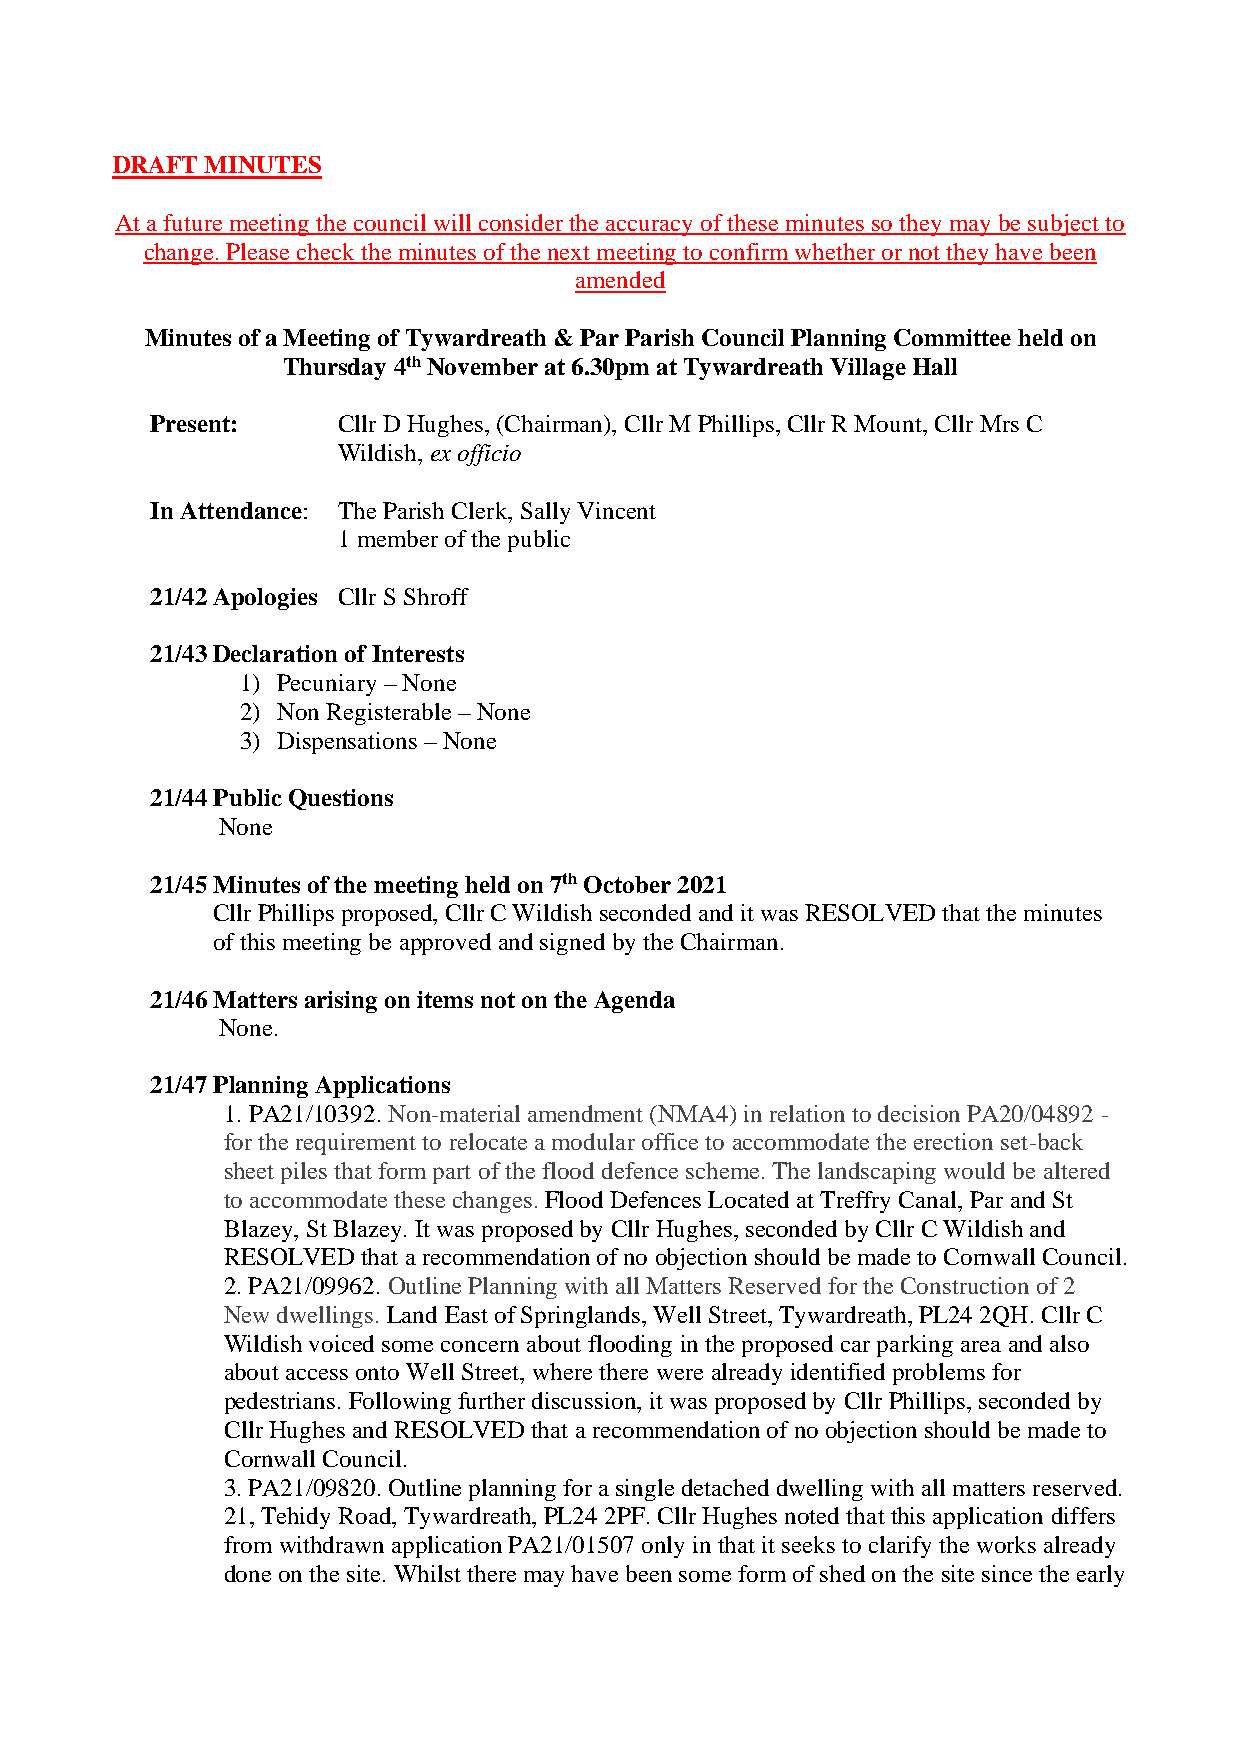
DRAFT  MINUTES
 At a future meeting the council will consider the accuracy of these minutes so they may be subject to
 change. Please check the minutes of the next meeting to confirm whether or not they have been
 amended
 Minutes of a Meeting of Tywardreath & Par Parish Council Planning Committee held on
 Thursday 4th November at 6.30pm at Tywardreath Village Hall
 Present:    Cllr D Hughes, (Chairman), Cllr M Phillips, Cllr R Mount, Cllr Mrs C
 Wildish, ex officio
 In Attendance: The Parish Clerk, Sally Vincent
 1 member of the public
 21/42 Apologies Cllr S Shroff
 21/43 Declaration of Interests
 1) Pecuniary – None
 2) Non Registerable – None
 3) Dispensations – None
 21/44 Public Questions
 None
 21/45 Minutes of the meeting held on 7th October 2021
 Cllr Phillips proposed, Cllr C Wildish seconded and it was RESOLVED that the minutes
 of this meeting be approved and signed by the Chairman.
 21/46 Matters arising on items not on the Agenda
 None.
 21/47 Planning Applications
 1. PA21/10392. Non-material amendment (NMA4) in relation to decision PA20/04892 -
 for the requirement to relocate a modular office to accommodate the erection set-back
 sheet piles that form part of the flood defence scheme. The landscaping would be altered
 to accommodate these changes. Flood Defences Located at Treffry Canal, Par and St
 Blazey, St Blazey. It was proposed by Cllr Hughes, seconded by Cllr C Wildish and
 RESOLVED that a recommendation of no objection should be made to Cornwall Council.
 2. PA21/09962. Outline Planning with all Matters Reserved for the Construction of 2
 New dwellings. Land East of Springlands, Well Street, Tywardreath, PL24 2QH. Cllr C
 Wildish voiced some concern about flooding in the proposed car parking area and also
 about access onto Well Street, where there were already identified problems for
 pedestrians. Following further discussion, it was proposed by Cllr Phillips, seconded by
 Cllr Hughes and RESOLVED that a recommendation of no objection should be made to
 Cornwall Council.
 3. PA21/09820. Outline planning for a single detached dwelling with all matters reserved.
 21, Tehidy Road, Tywardreath, PL24 2PF. Cllr Hughes noted that this application differs
 from withdrawn application PA21/01507 only in that it seeks to clarify the works already
 done on the site. Whilst there may have been some form of shed on the site since the early